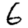
Digit: 6